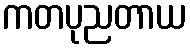
ကတပုညတာယ